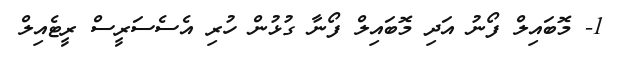
1- މޮބައިލް ފޯނު އަދި މޮބައިލް ފޯނާ ގުޅުން ހުރި އެސެސަރީސް ރީޓެއިލް